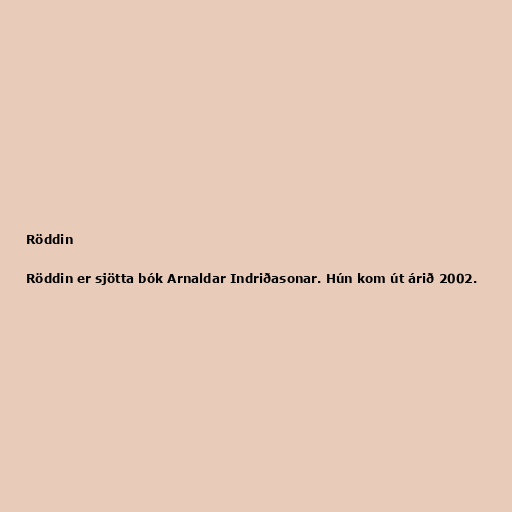
Röddin

Röddin er sjötta bók Arnaldar Indriðasonar. Hún kom út árið 2002.